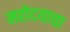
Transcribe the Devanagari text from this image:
महोदयाचा